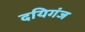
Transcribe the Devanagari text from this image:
दयिगंज